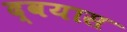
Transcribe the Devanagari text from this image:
द्वयास